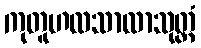
ကုတူဟလသာလာသုတ္တံ